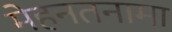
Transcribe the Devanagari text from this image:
मेहनतनामा